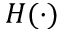
H ( \cdot )